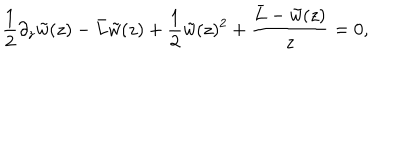
{ \frac { 1 } { 2 } } \partial _ { z } \tilde { w } ( z ) - { \bar { L } } \tilde { w } ( z ) + { \frac { 1 } { 2 } } \tilde { w } ( z ) ^ { 2 } + { \frac { { \bar { L } } - \tilde { w } ( z ) } { z } } = 0 ,